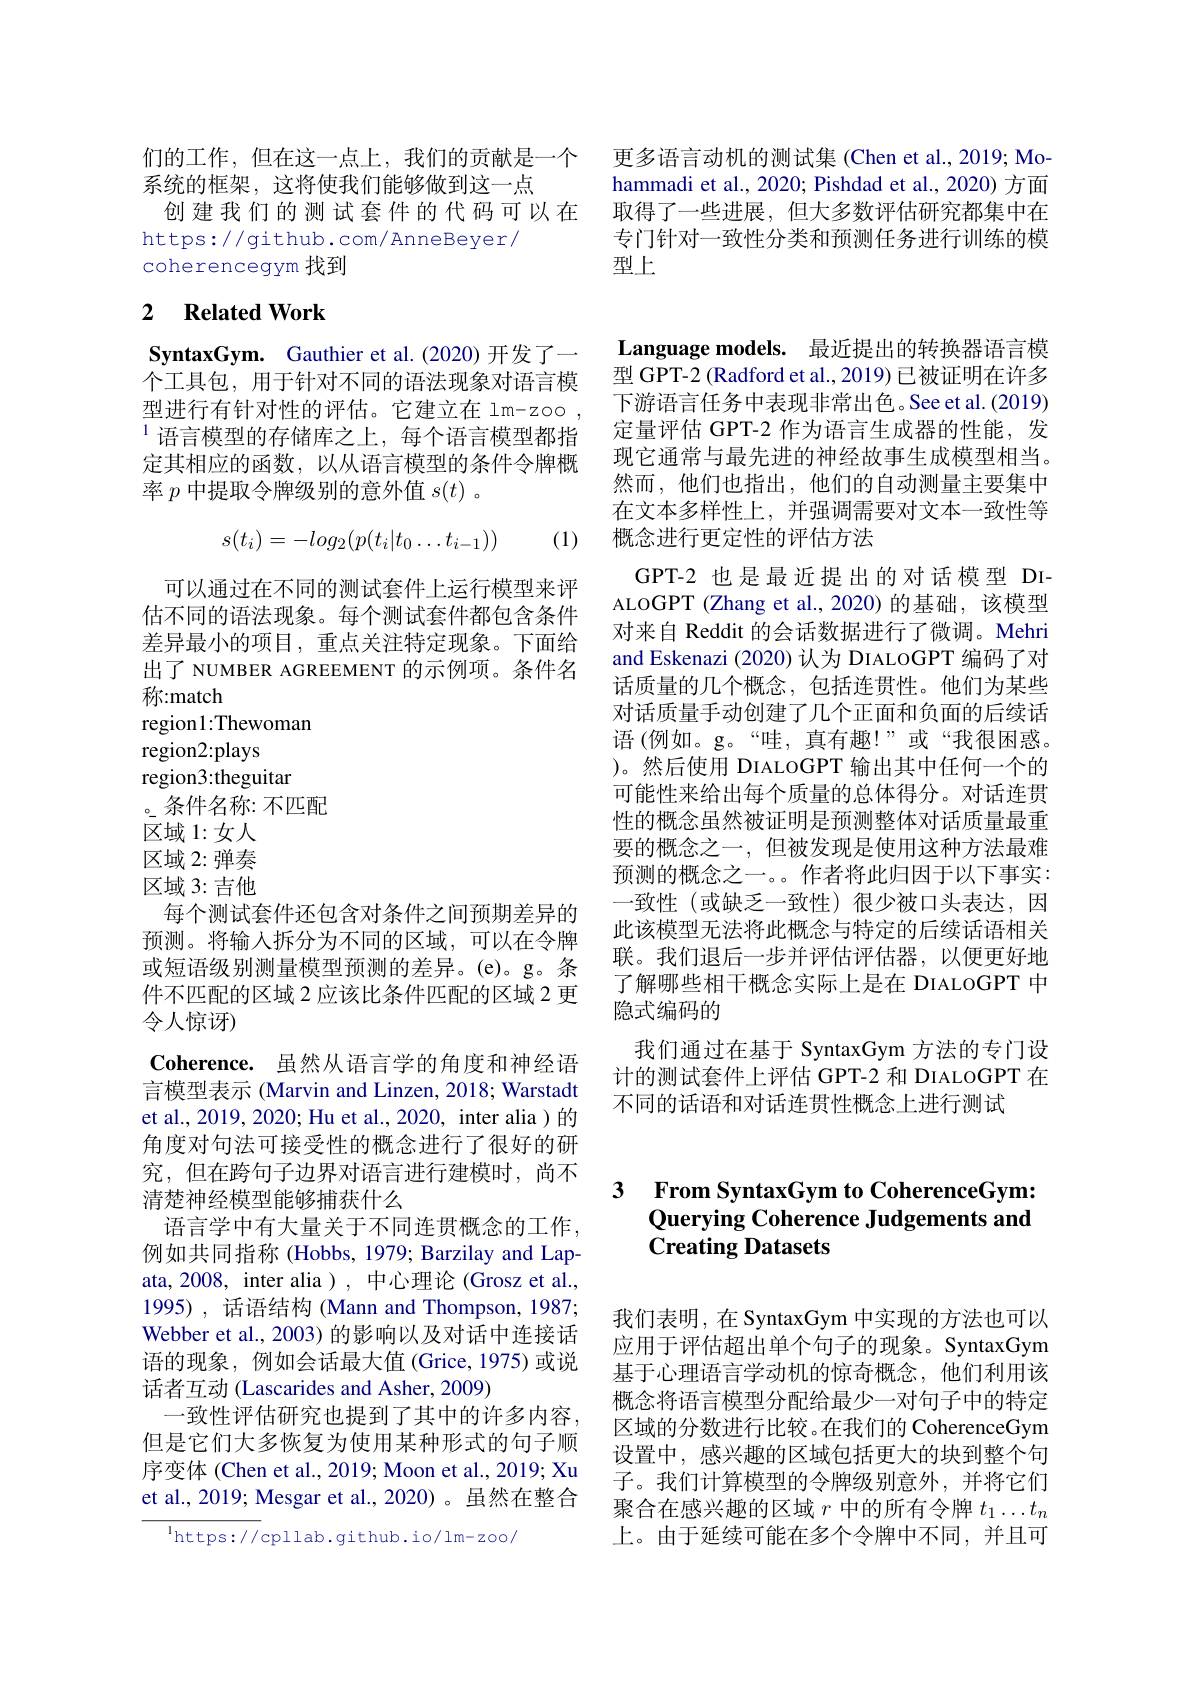
们的工作，但在这一点上，我们的贡献是一个 更多语言动机的测试集 (Chen et al.,2019; Mo-
系统的框架，这将使我们能够做到这一点
创建我们的测试套件的代码可以在 取得了一些进展，但大多数评估研究都集中在
https://github.com/AnneBeyer/
coherencegym 找到

# 2 Related Work

SyntaxGym. Gauthier et al.(2020) 开发了一个工具包，用于针对不同的语法现象对语言模型进行有针对性的评估。它建立在 lm-zoo $^{1}$语言模型的存储库之上，每个语言模型都指定其相应的函数，以从语言模型的条件令牌概率$p$中提取令牌级别的意外值$s(t)$ 。
$$s(t_i)=-log_2(p(t_i|t_0\ldots t_{i-1}))$$
(1)

可以通过在不同的测试套件上运行模型来评估不同的语法现象。每个测试套件都包含条件差异最小的项目，重点关注特定现象。下面给出了 NUMBER AGREEMENT 的示例项。条件名称：match
region1:Thewoman
region2:plays
region3:theguitar
。条件名称：不匹配
区域 1:女人区域 2: 弹奏区域 3: 吉他
每个测试套件还包含对条件之间预期差异的预测。将输入拆分为不同的区域，可以在令牌或短语级别测量模型预测的差异。(e)。g。条件不匹配的区域 2 应该比条件匹配的区域 2 更令人惊讶)

Coherence. 虽然从语言学的角度和神经语言模型表示 (Marvin and Linzen, 2018; Warstadt et al., 2019, 2020; Hu et al., 2020, inter alia ) 的角度对句法可接受性的概念进行了很好的研究，但在跨句子边界对语言进行建模时，尚不清楚神经模型能够捕获什么
语言学中有大量关于不同连贯概念的工作， 例如共同指称 (Hobbs, 1979; Barzilay and Lapata, 2008, inter alia ), 中心理论 (Grosz et al., 1995) , 话语结构 (Mann and Thompson, 1987; Webber et al., 2003) 的影响以及对话中连接话语的现象，例如会话最大值(Grice,1975)或说话者互动 (Lascarides and Asher, 2009)
一致性评估研究也提到了其中的许多内容， 但是它们大多恢复为使用某种形式的句子顺序变体 (Chen et al., 2019; Moon et al., 2019; Xu et al., 2019; Mesgar et al., 2020)。虽然在整合
$^{\mathrm{l}}$https://cpllab.github.io/lm-zoo/

hammadi et al., 2020; Pishdad et al., 2020) 方面专门针对一致性分类和预测任务进行训练的模型上

Language models. 最近提出的转换器语言模型 GPT-2 (Radford et al., 2019) 已被证明在许多下游语言任务中表现非常出色。See et al.(2019) 定量评估 GPT-2 作为语言生成器的性能，发现它通常与最先进的神经故事生成模型相当。然而，他们也指出，他们的自动测量主要集中在文本多样性上，并强调需要对文本一致性等概念进行更定性的评估方法
GPT-2 也是最近提出的对话模型 DIALOGPT (Zhang et al.,2020)的基础，该模型对来自 Reddit 的会话数据进行了微调。Mehri and Eskenazi (2020) 认为 DIALOGPT 编码了对话质量的几个概念，包括连贯性。他们为某些对话质量手动创建了几个正面和负面的后续话语(例如。g。“哇，真有趣！”或“我很困惑。)。然后使用 DIALOGPT 输出其中任何一个的可能性来给出每个质量的总体得分。对话连贯性的概念虽然被证明是预测整体对话质量最重要的概念之一，但被发现是使用这种方法最难预测的概念之一。。作者将此归因于以下事实： 一致性(或缺乏一致性)很少被口头表达，因此该模型无法将此概念与特定的后续话语相关联。我们退后一步并评估评估器，以便更好地了解哪些相干概念实际上是在 DIALOGPT 中隐式编码的
我们通过在基于 SyntaxGym 方法的专门设计的测试套件上评估 GPT-2 和 DIALOGPT 在不同的话语和对话连贯性概念上进行测试

# From SyntaxGym to CoherenceGym: Querying Coherence Judgements and $\textbf{Creating Datasets}$

我们表明，在 SyntaxGym 中实现的方法也可以应用于评估超出单个句子的现象。SyntaxGym 基于心理语言学动机的惊奇概念，他们利用该概念将语言模型分配给最少一对句子中的特定区域的分数进行比较。在我们的 CoherenceGym 设置中，感兴趣的区域包括更大的块到整个句子。我们计算模型的令牌级别意外，并将它们聚合在感兴趣的区域$r$中的所有令牌$t_1\ldots t_n$ 上。由于延续可能在多个令牌中不同，并且可